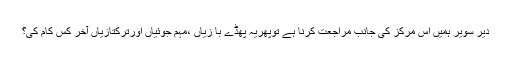
دیر سویر ہمیں اس مرکز کی جانب مراجعت کرنا ہے توپھریہ پھڈے با زیاں ،مہم جوئیاں اورترکتازیاں آخر کس کام کی؟